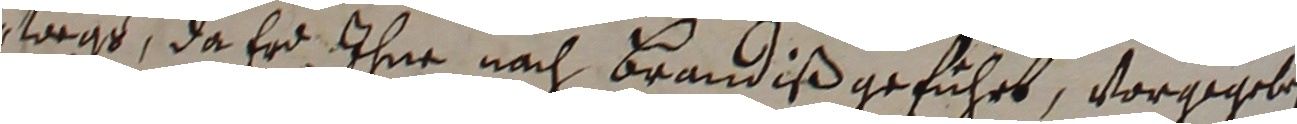
wege, da er ihne nach brandiß geführt, vorgegeben